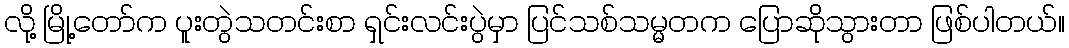
လို့ မြို့တော်က ပူးတွဲသတင်းစာ ရှင်းလင်းပွဲမှာ ပြင်သစ်သမ္မတက ပြောဆိုသွားတာ ဖြစ်ပါတယ်။